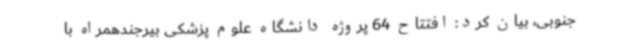
جنوبی، بیان کرد: افتتاح 64 پروژه دانشگاه علوم پزشکی بیرجندهمراه با